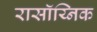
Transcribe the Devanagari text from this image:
रासॉय्निक